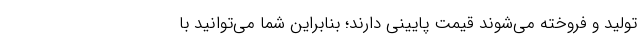
تولید و فروخته می‌شوند قیمت پایینی دارند؛ بنابراین شما می‌توانید با